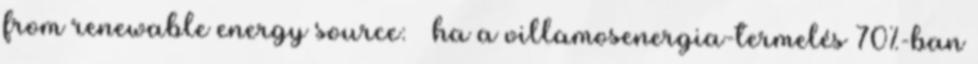
from renewable energy source: – ha a villamosenergia-termelés 70%-ban